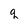
Character: q